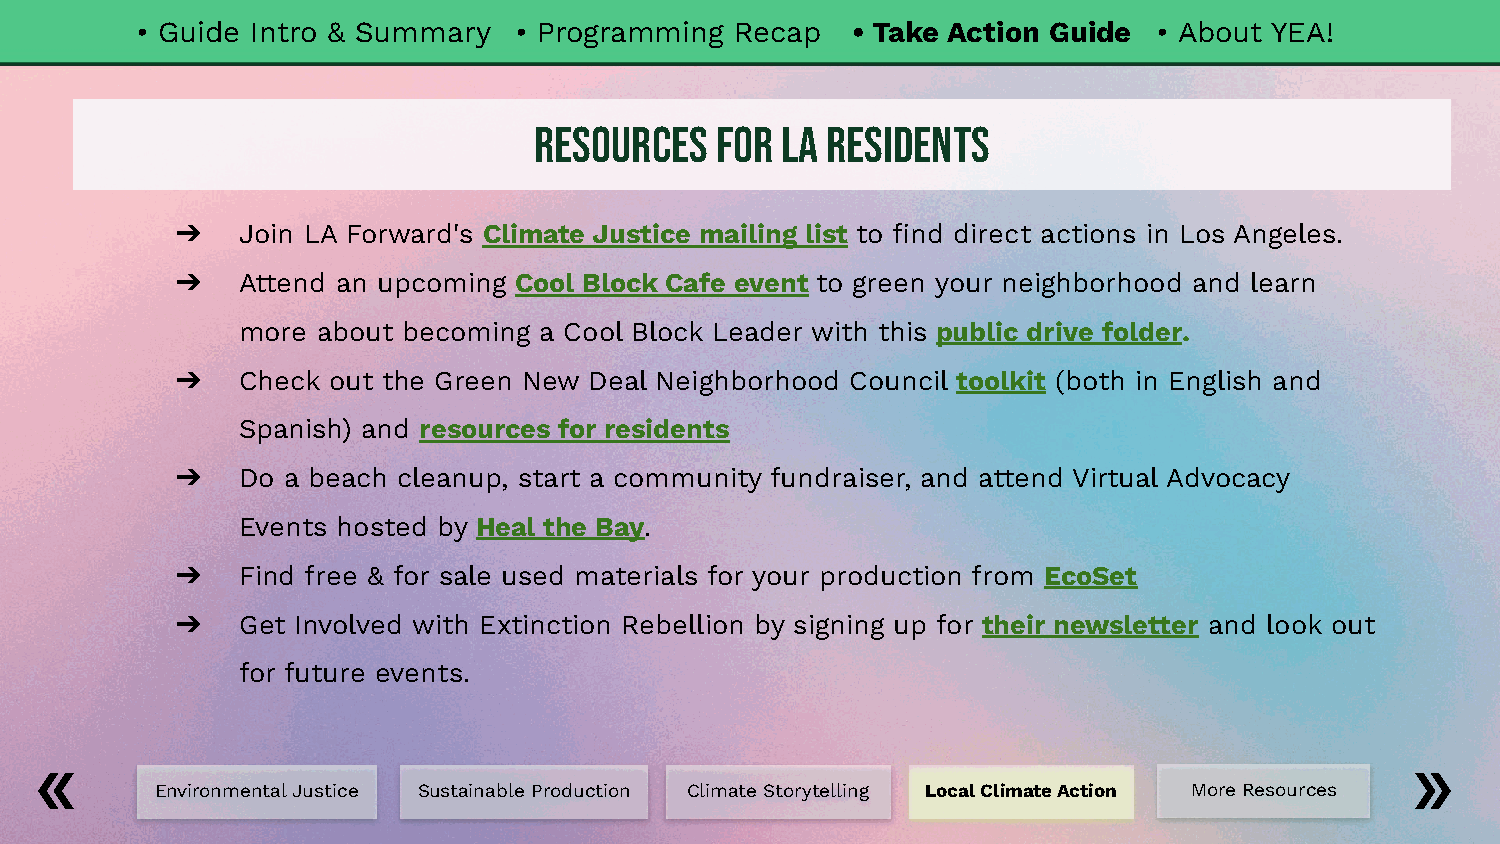
• Guide Intro & Summary  • Programming  Recap  • Take Action Guide  • About YEA!
 Resources   for  LA Residents
 ➔   Join LA Forward's Climate Justice mailing list to find direct actions in Los Angeles.
 ➔   Attend an upcoming Cool Block Cafe event to green your neighborhood and learn
 more about becoming a Cool Block Leader with this public drive folder.
 ➔   Check out the Green New Deal Neighborhood Council toolkit (both in English and
 Spanish) and resources for residents
 ➔   Do a beach cleanup, start a community fundraiser, and attend Virtual Advocacy
 Events hosted by Heal the Bay.
 ➔   Find free & for sale used materials for your production from EcoSet
 ➔   Get Involved with Extinction Rebellion by signing up for their newsletter and look out
 for future events.
 Environmental Justice Sustainable Production Climate Storytelling Local Climate Action More Resources